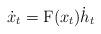
LaTeX: \begin{align*}\dot x_t = \textrm{F}(x_t)\dot h_t\end{align*}